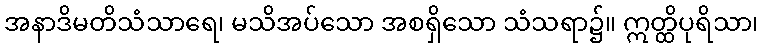
အနာဒိမတိသံသာရေ၊ မသိအပ်သော အစရှိသော သံသရာ၌။ ဣတ္ထိပုရိသာ၊